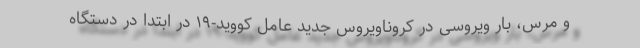
و مرس، بار ویروسی در کروناویروس جدید عامل کووید-۱۹ در ابتدا در دستگاه